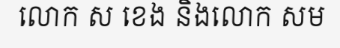
លោក ស ខេង និងលោក សម